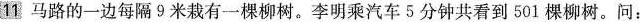
11马路的一边每隔9米栽有一棵柳树。李明乘汽车5分钟共看到501棵柳树。问：